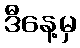
ဒီနေ့မှ